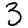
Digit: 3